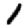
Digit: 1